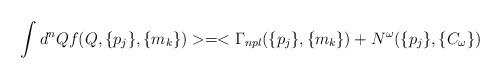
LaTeX: \begin{align*}\int d^{n}Q f (Q,\{p_{j}\},\{m_{k}\}) >=< \Gamma_{npl} (\{p_{j}\},\{m_{k}\}) + N^{\omega} (\{p_{j}\}, \{C_{\omega}\})\end{align*}